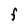
Character: F